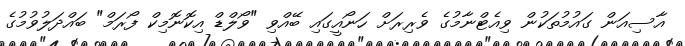
އާސިއަން ގައުމުތަކުން ވިއެޓްނާމުގެ ވެރިރަށް ހަނޯއީގައި ބޭއްވި "ވޯލްޑް އިކޮނޮމިކް ފޯރަމް" ބައްދަލުވުމުގެ